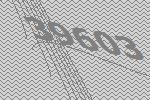
39603